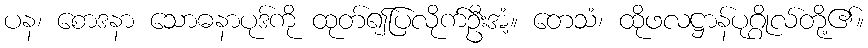
ပန၊ စောဒနာ သောဓနာပုဒ်ကို ထုတ်၍ပြလိုက်ဦးအံ့။ တေသံ၊ ထိုဖလဋ္ဌာန်ပုဂ္ဂိုလ်တို့၏။